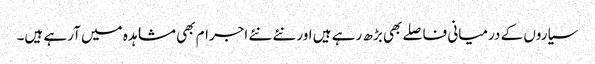
سیاروں کے درمیانی فاصلے بھی بڑھ رہے ہیں اور نئے نئے اجرام بھی مشاہدہ میں آرہے ہیں۔